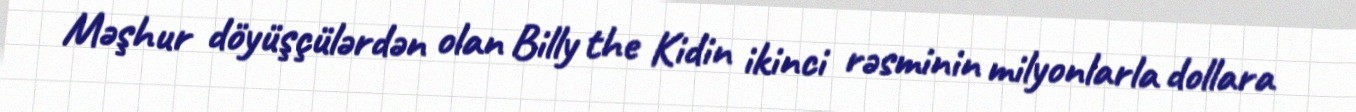
Məşhur döyüşçülərdən olan Billy the Kidin ikinci rəsminin milyonlarla dollara